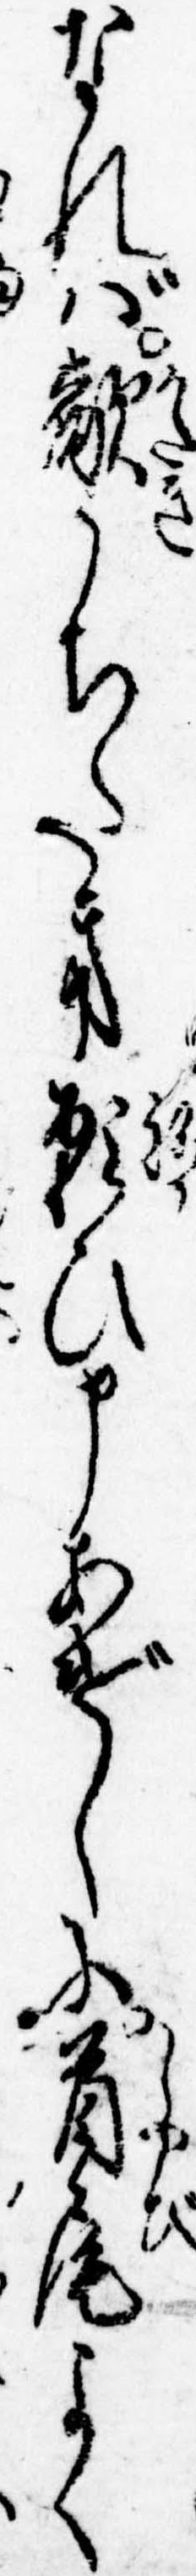
なれば敵うちたき願ひ申あげしに首尾よく